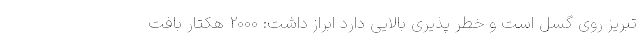
تبریز روی گسل است و خطر پذیری بالایی دارد ابراز داشت: 2000 هکتار بافت